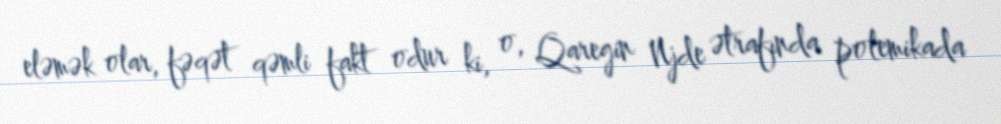
eləmək olar, fəqət qəmli fakt odur ki, o, Qaregin Njde ətrafında polemikada